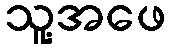
သူ့အဖေ